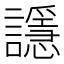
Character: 𲁼